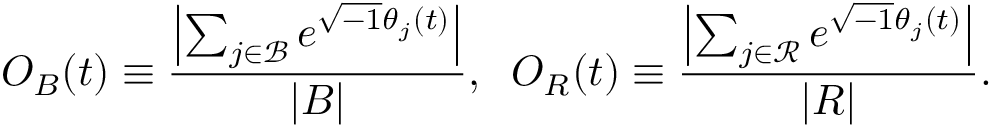
O _ { B } ( t ) \equiv \frac { \left| \sum _ { j \in \mathcal { B } } e ^ { \sqrt { - 1 } \theta _ { j } ( t ) } \right| } { | { \cal B } | } , \; \; O _ { R } ( t ) \equiv \frac { \left| \sum _ { j \in \mathcal { R } } e ^ { \sqrt { - 1 } \theta _ { j } ( t ) } \right| } { | { \cal R } | } .